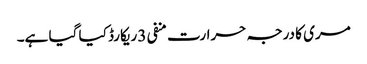
مری کا درجہ حرارت منفی 3 ریکارڈ کیا گیا ہے۔